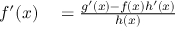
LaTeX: \begin{array} { r l } { f ^ { \prime } ( x ) } & { { } = { \frac { g ^ { \prime } ( x ) - f ( x ) h ^ { \prime } ( x ) } { h ( x ) } } } \end{array}